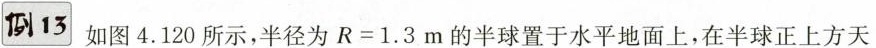
例13 如图4.120所示，半径为$$R = 1 . 3$$m的半球置于水平地面上，在半球正上方天